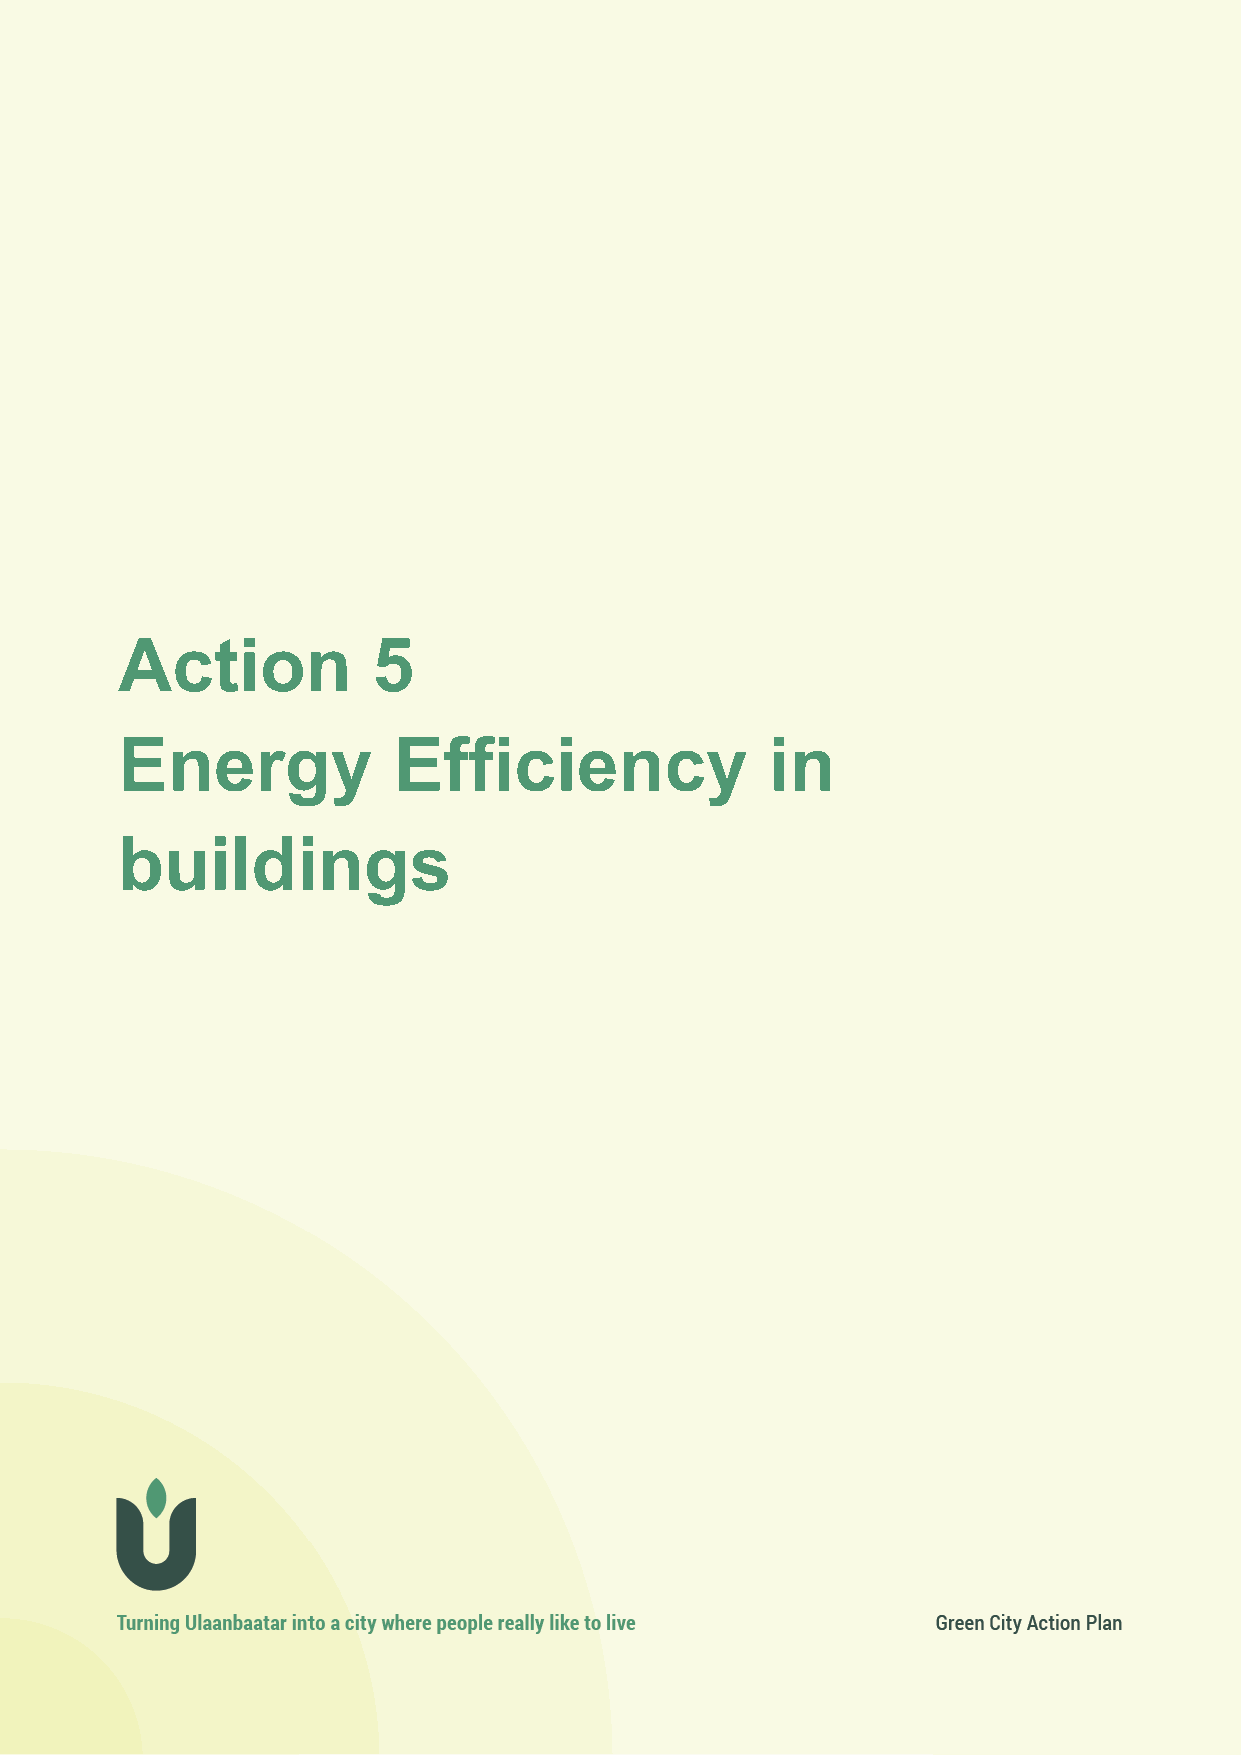
Action 5
 contributing to Strategic Objectives: air quality, climate mitigation
 Action           5
 Energy            Efficiency               in
 buildings
 66